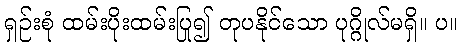
ရှဉ်းစုံ ထမ်းပိုးထမ်းပြု၍ တုပနိုင်သော ပုဂ္ဂိုလ်မရှိ။ ပ။